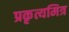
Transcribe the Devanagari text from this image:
प्रकृत्यमित्र